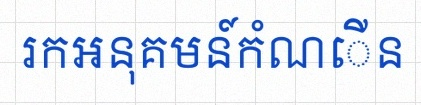
រកអនុគមន៍កំណើន